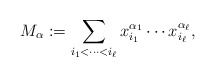
\begin{align*}M_\alpha := \sum_{i_1<\cdots<i_\ell} x_{i_1}^{\alpha_1} \cdots x_{i_\ell}^{\alpha_\ell},\end{align*}